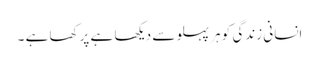
انسانی زندگی کو ہر پہلو سے دیکھا ہے پرکھا ہے ۔